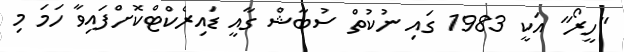
"ހީރޯ" އަކީ 1983 ގައި ނުކުތް ސުބާޝް ގާއީ ޑައިރެކްޓްކޮށްފައިވާ ހަމަ މި